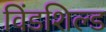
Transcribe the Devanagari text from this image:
विंडशिल्ड